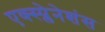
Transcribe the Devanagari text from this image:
एक्स्प्लेनेशंस